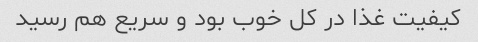
کیفیت غذا در کل خوب بود و سریع هم رسید